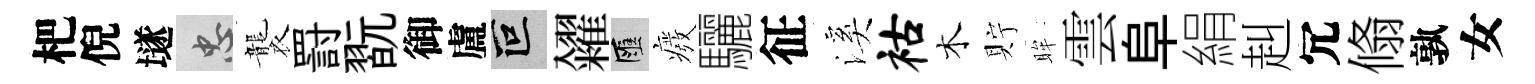
杷倪𡑞忠襲罸翫御盧叵糴匯癈驪征溪祜木貯眸雲阜絹赳冗翛孰女